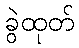
ခွဲထုတ်